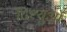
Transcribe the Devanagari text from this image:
टिश्युओं